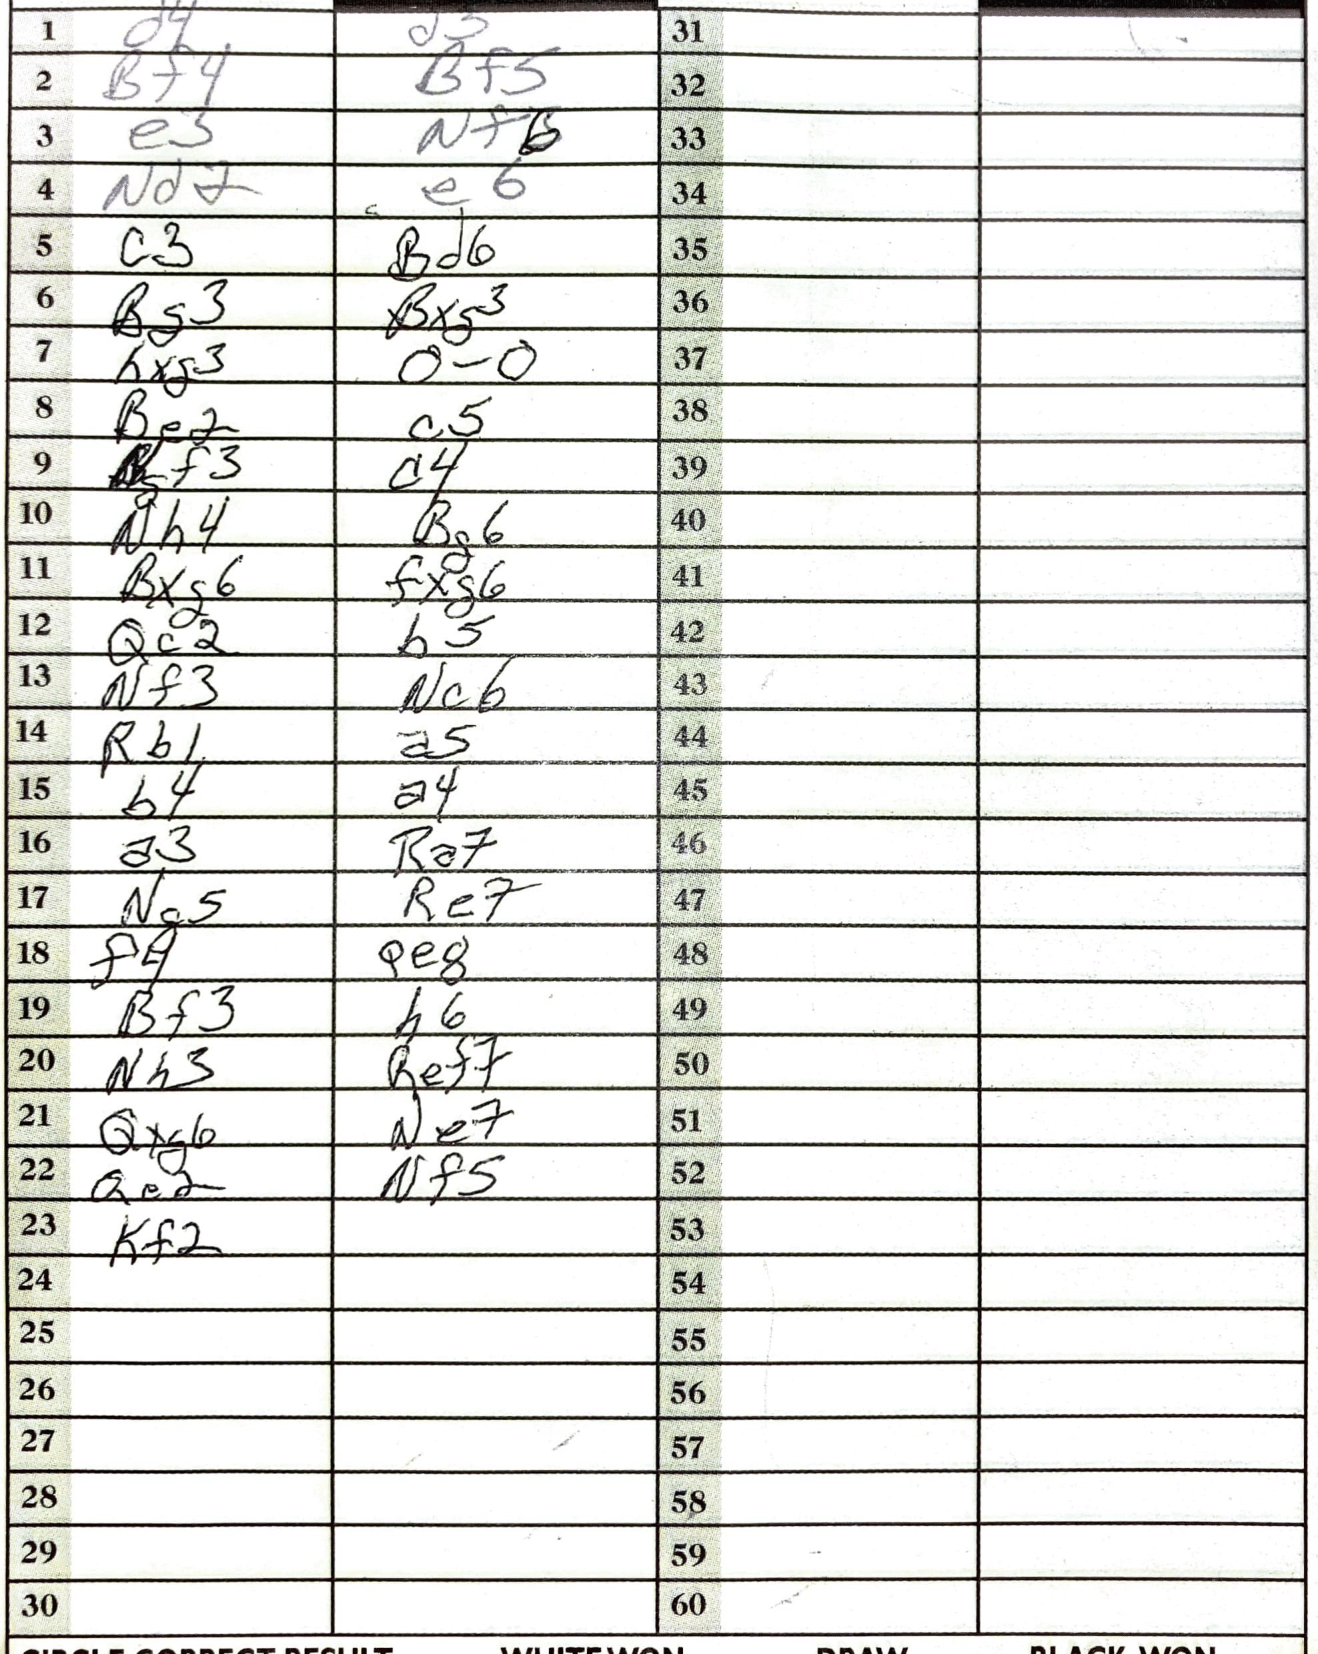
Moves: d4 d5 Bf4 Bf5 e3 Nf6 Nd2 e6 c3 Bd6 Bg3 Bxg3 hxf3 O-O Be2 c5 gf3 d4 Nh4 Bg6 Bxg6 fxg6 Qc2 b5 Nf3 Nc6 Rb1 a5 b4 a4 a3 Ra7 Ng5 Re7 f4 Qe8 Bf3 h6 Nh3 Ref7 Qxg6 Ne7 Qe2 Nf5 Kf2